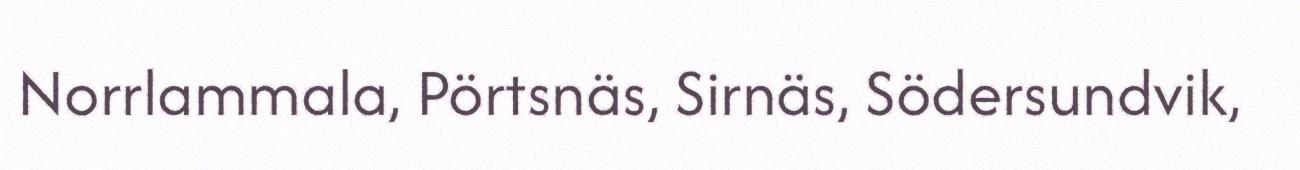
Norrlammala, Pörtsnäs, Sirnäs, Södersundvik,